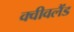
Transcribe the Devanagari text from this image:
क्वीवलैंड